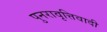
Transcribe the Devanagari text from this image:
पुनरावृत्तिवादी